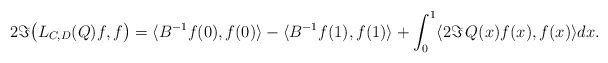
\begin{align*} 2 \Im \bigl(L_{C, D}(Q)f, f\bigr) = \langle B^{-1} f(0), f(0)\rangle - \langle B^{-1} f(1), f(1)\rangle + \int_0^1 \langle 2 \Im\, Q(x) f(x), f(x) \rangle dx.\end{align*}